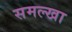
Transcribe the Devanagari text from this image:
समल्खा